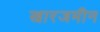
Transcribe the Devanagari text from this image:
खारजमीन